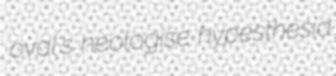
oval's neologise hypesthesia